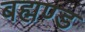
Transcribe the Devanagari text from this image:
बह्मण्ड